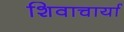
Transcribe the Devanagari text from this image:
शिवाचार्या